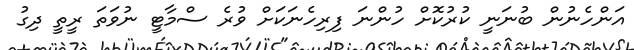
އަންހެނުން ބުނަނީ ކުރުކޮށް ހުންނަ ފިރިހެނަކަށް ވުރެ ސްމާޓީ ނުވަތަ ރީތީ ދިގު